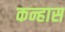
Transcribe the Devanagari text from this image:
कन्हास